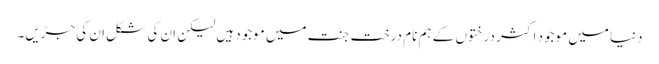
دنیا میں موجود اکثر درختوں کے ہم نام درخت جنت میں موجود ہیں لیکن ان کی شکل ان کی جڑیں۔